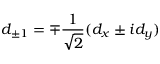
d _ { \pm 1 } = \mp \frac { 1 } { \sqrt { 2 } } ( d _ { x } \pm i d _ { y } )